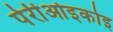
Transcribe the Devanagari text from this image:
पेरीओइकोइ